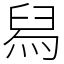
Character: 舄